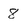
Character: 8